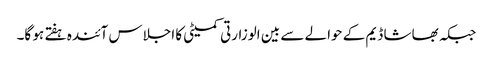
جبکہ بھاشا ڈیم کے حوالے سے بین الوزارتی کمیٹی کا اجلاس آئندہ ہفتے ہو گا۔